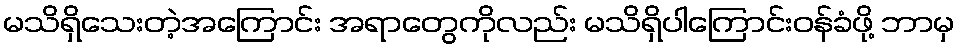
မသိရှိသေးတဲ့အကြောင်း အရာတွေကိုလည်း မသိရှိပါကြောင်းဝန်ခံဖို့ ဘာမှ